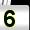
Digit: 5